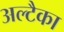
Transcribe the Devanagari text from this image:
अल्टैका